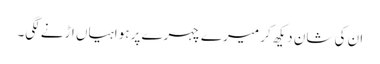
ان کی شان دیکھ کر میرے چہرے پر ہواہیاں اڑنے لگی۔